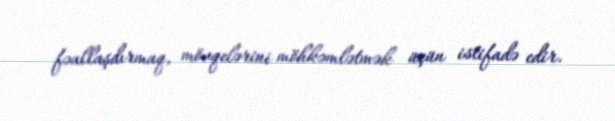
fəallaşdırmaq, mövqelərini möhkəmlətmək üçün istifadə edir.